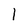
Character: l